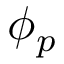
\phi _ { p }